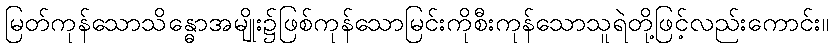
မြတ်ကုန်သောသိန္ဓောအမျိုး၌ဖြစ်ကုန်သောမြင်းကိုစီးကုန်သောသူရဲတို့ဖြင့်လည်းကောင်း။